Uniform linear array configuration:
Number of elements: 64
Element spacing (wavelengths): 1
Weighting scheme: hamming
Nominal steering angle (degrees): -30
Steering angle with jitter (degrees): -28.277
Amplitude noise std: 0.05
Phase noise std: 0.05

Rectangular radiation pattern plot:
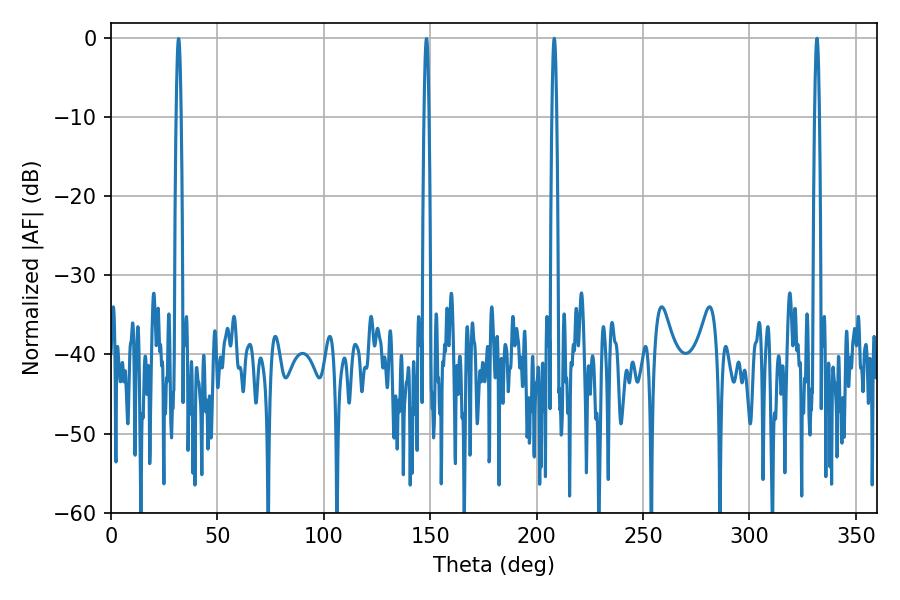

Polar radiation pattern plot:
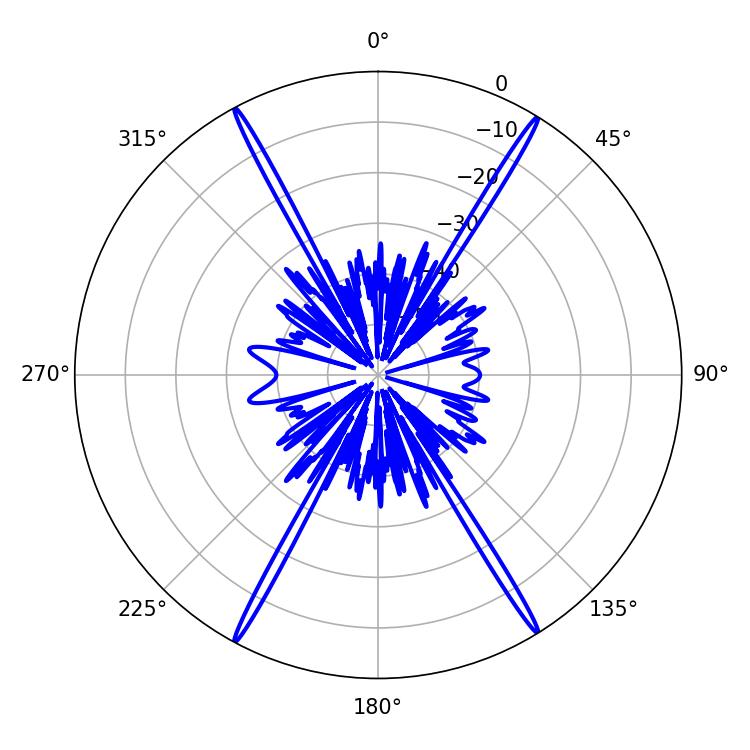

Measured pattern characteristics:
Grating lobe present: TRUE
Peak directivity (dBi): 27.67
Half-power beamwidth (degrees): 1.08
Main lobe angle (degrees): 208.26